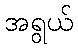
အရွယ်